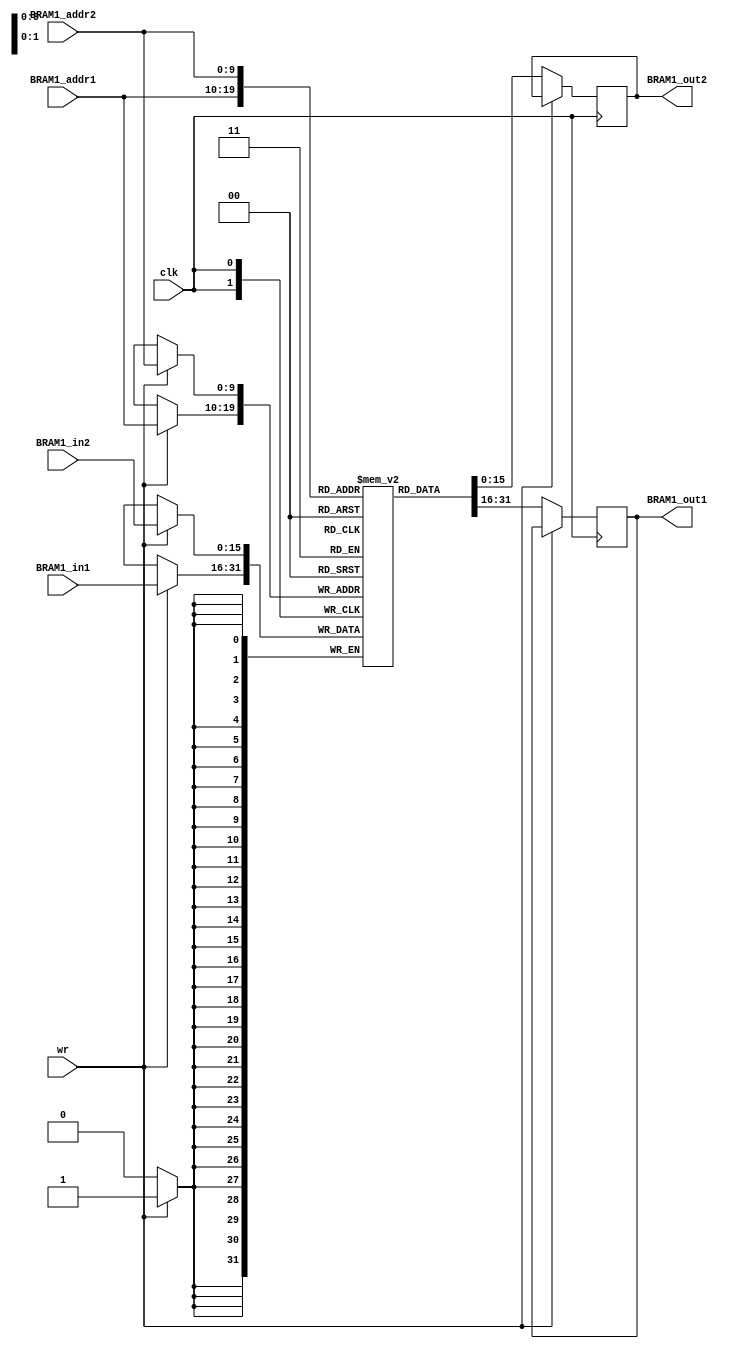
module MEM_L9_2 #(parameter DATA_WIDTH = 16,BRAM_addr_WIDTH = 10)(BRAM1_out1,BRAM1_out2,BRAM1_in1,BRAM1_in2,BRAM1_addr1,BRAM1_addr2,wr,clk);
output reg [(DATA_WIDTH-1):0] BRAM1_out1,BRAM1_out2;
input [(DATA_WIDTH-1):0] BRAM1_in1,BRAM1_in2;
input [(BRAM_addr_WIDTH-1):0] BRAM1_addr1,BRAM1_addr2;
input clk,wr;
reg [DATA_WIDTH-1:0] ram[0:2**BRAM_addr_WIDTH-1];

 always @(posedge clk )
	begin	
		if(wr)
			ram[BRAM1_addr1]<=BRAM1_in1;
		else 
			BRAM1_out1 <= ram[BRAM1_addr1];
	end
 always @(posedge clk )
	begin
		if(wr)
			ram[BRAM1_addr2]<=BRAM1_in2;
		else 
			BRAM1_out2 <= ram[BRAM1_addr2];
	
	end
endmodule